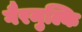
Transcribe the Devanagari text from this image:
गैरमुल्कि